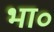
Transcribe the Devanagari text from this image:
भा॰